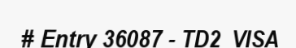
# Entry 36087 - TD2_VISA